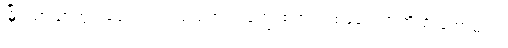
မြိုင်သာယာတွင် ခေါင်းပါးရသည့်အထဲ ကျွေးစရာ ပါးစပ်ပေါက် တိုးဦးတော့မည်။